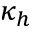
\kappa _ { h }